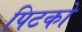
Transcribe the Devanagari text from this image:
पिटको